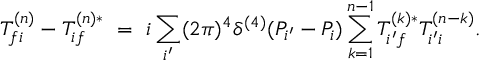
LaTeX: T _ { f i } ^ { ( n ) } - T _ { i f } ^ { ( n ) * } \ = \ i \sum _ { i ^ { \prime } } ( 2 \pi ) ^ { 4 } \delta ^ { ( 4 ) } ( P _ { i ^ { \prime } } - P _ { i } ) \sum _ { k = 1 } ^ { n - 1 } T _ { i ^ { \prime } f } ^ { ( k ) * } T _ { i ^ { \prime } i } ^ { ( n - k ) } .